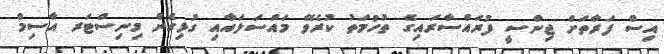
އިސް ފަރާތަށް ޖިންސީ ފުރައްސާރައިގެ ތުހުމަތު ކުރެވޭ މައްސަލައާއި ގުޅިގެން މިނިސްޓަރ އާސިމް